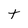
Character: t